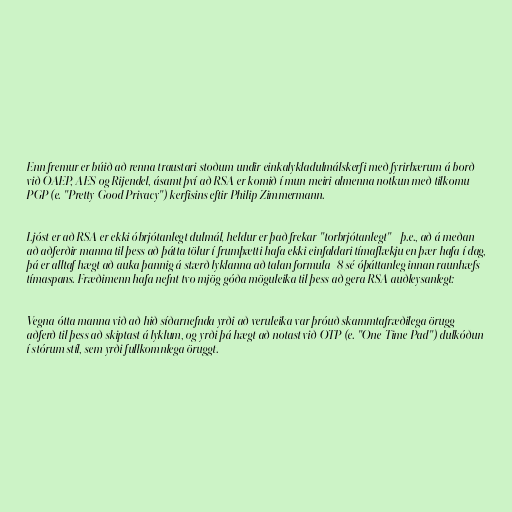
Enn fremur er búið að renna traustari stoðum undir einkalykladulmálskerfi með fyrirbærum á borð
við OAEP, AES og Rijendel, ásamt því að RSA er komið í mun meiri almenna notkun með tilkomu
PGP (e. "Pretty Good Privacy") kerfisins eftir Philip Zimmermann.

Ljóst er að RSA er ekki óbrjótanlegt dulmál, heldur er það frekar "torbrjótanlegt" - þ.e., að á meðan
að aðferðir manna til þess að þátta tölur í frumþætti hafa ekki einfaldari tímaflækju en þær hafa í dag,
þá er alltaf hægt að auka þannig á stærð lyklanna að talan formula_8 sé óþáttanleg innan raunhæfs
tímaspans. Fræðimenn hafa nefnt tvo mjög góða möguleika til þess að gera RSA auðleysanlegt:

Vegna ótta manna við að hið síðarnefnda yrði að veruleika var þróuð skammtafræðilega örugg
aðferð til þess að skiptast á lyklum, og yrði þá hægt að notast við OTP (e. "One Time Pad") dulkóðun
í stórum stíl, sem yrði fullkomnlega öruggt.